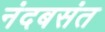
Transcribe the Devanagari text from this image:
नंदबसंत